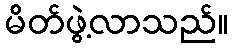
မိတ်ဖွဲ့လာသည်။